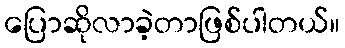
ပြောဆိုလာခဲ့တာဖြစ်ပါတယ်။